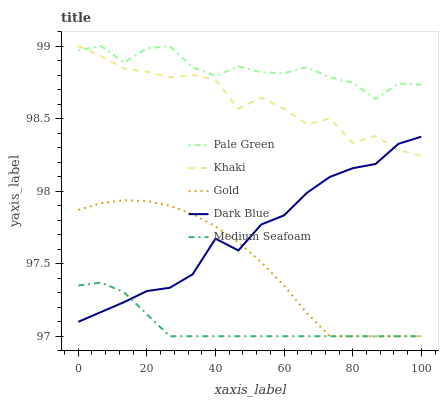
| xaxis_label | Pale Green | Khaki | Gold | Dark Blue | Medium Seafoam |
 | --- | --- | --- | --- | --- | --- |
 | 0 | 99 | 99 | 97.9 | 97.1 | 97.3 |
 | 6.67 | 99 | 98.9 | 97.9 | 97.2 | 97.4 |
 | 13.3 | 98.9 | 98.8 | 97.9 | 97.2 | 97.3 |
 | 20 | 99 | 98.8 | 97.9 | 97.3 | 97.2 |
 | 26.7 | 99 | 98.8 | 97.9 | 97.3 | 97 |
 | 33.3 | 98.9 | 98.8 | 97.8 | 97.4 | 97 |
 | 40 | 98.8 | 98.8 | 97.8 | 97.7 | 97 |
 | 46.7 | 98.9 | 98.6 | 97.6 | 97.6 | 97 |
 | 53.3 | 98.8 | 98.6 | 97.5 | 97.8 | 97 |
 | 60 | 98.8 | 98.6 | 97.3 | 97.8 | 97 |
 | 66.7 | 98.9 | 98.5 | 97.2 | 98 | 97 |
 | 73.3 | 98.8 | 98.5 | 97 | 98.1 | 97 |
 | 80 | 98.7 | 98.3 | 97 | 98.2 | 97 |
 | 86.7 | 98.6 | 98.4 | 97 | 98.2 | 97 |
 | 93.3 | 98.7 | 98.3 | 97 | 98.3 | 97 |
 | 100 | 98.7 | 98.2 | 97 | 98.4 | 97 |